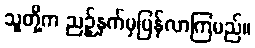
သူတို့က ညဉ့်နက်မှပြန်လာကြမည်။